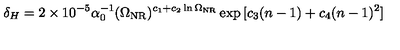
\delta _ { H } = 2 \times 1 0 ^ { - 5 } \alpha _ { 0 } ^ { - 1 } ( \Omega _ { \mathrm { N R } } ) ^ { c _ { 1 } + c _ { 2 } \ln \Omega _ { \mathrm { N R } } } \exp { [ c _ { 3 } ( n - 1 ) + c _ { 4 } ( n - 1 ) ^ { 2 } ] }